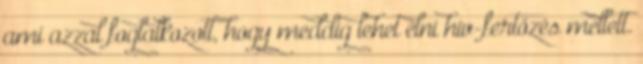
ami azzal foglalkozott, hogy meddig lehet élni hiv-fertőzés mellett.